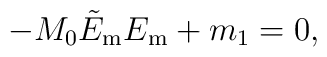
-M_{0}\tilde{E}_{\mathrm{m} }E_{\mathrm{m} }+m_{1}=0,